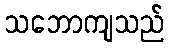
သဘောကျသည်